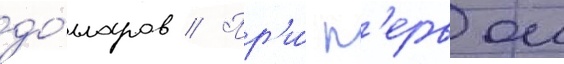
до́лларов // Пр'и́ п'ервои